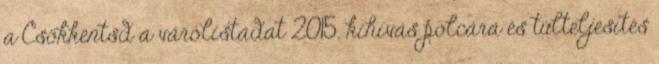
a Csökkentsd a várólistádat 2015. kihívás polcára és túlteljesítés